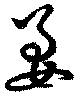
姜